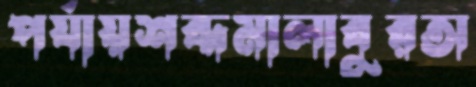
পর্যায়শব্দমালাবুরঅ